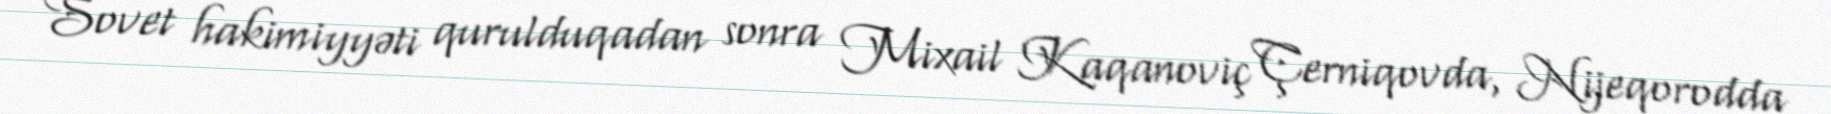
Sovet hakimiyyəti qurulduqadan sonra Mixail Kaqanoviç Çerniqovda, Nijeqorodda